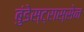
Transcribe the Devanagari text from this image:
बुंडेस्ट्रास्सेन